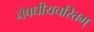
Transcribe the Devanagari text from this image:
नैषधीयचरितम्‌